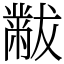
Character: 黻